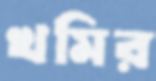
খমির